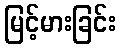
မြင့်မားခြင်း